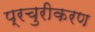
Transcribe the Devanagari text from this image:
प्रचुरीकरण